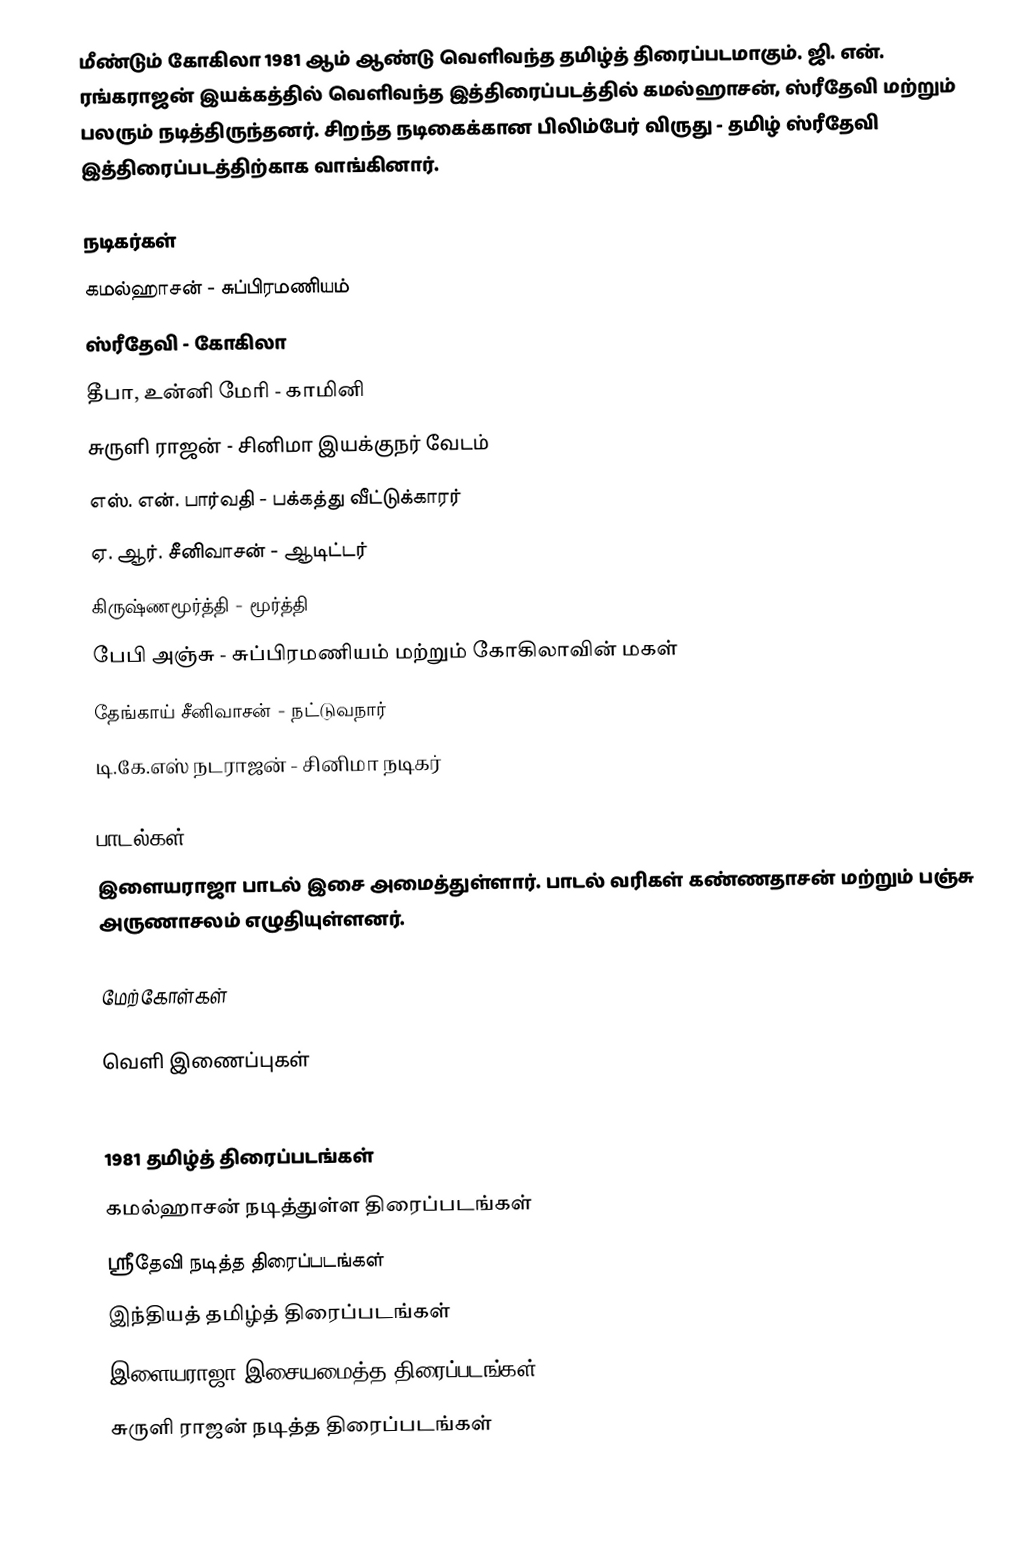
மீண்டும் கோகிலா 1981 ஆம் ஆண்டு வெளிவந்த தமிழ்த் திரைப்படமாகும். ஜி. என். ரங்கராஜன் இயக்கத்தில் வெளிவந்த இத்திரைப்படத்தில் கமல்ஹாசன், ஸ்ரீதேவி மற்றும் பலரும் நடித்திருந்தனர். சிறந்த நடிகைக்கான பிலிம்பேர் விருது - தமிழ் ஸ்ரீதேவி இத்திரைப்படத்திற்காக வாங்கினார்.

நடிகர்கள்
 கமல்ஹாசன் - சுப்பிரமணியம்
 ஸ்ரீதேவி - கோகிலா
 தீபா, உன்னி மேரி - காமினி
சுருளி ராஜன் - சினிமா இயக்குநர் வேடம்
எஸ். என். பார்வதி - பக்கத்து வீட்டுக்காரர்
ஏ. ஆர். சீனிவாசன் - ஆடிட்டர்
 கிருஷ்ணமூர்த்தி - மூர்த்தி
 பேபி அஞ்சு - சுப்பிரமணியம் மற்றும் கோகிலாவின் மகள்
தேங்காய் சீனிவாசன் - நட்டுவநார்
டி.கே.எஸ் நடராஜன் - சினிமா நடிகர்

பாடல்கள்
இளையராஜா பாடல் இசை அமைத்துள்ளார்.  பாடல் வரிகள் கண்ணதாசன் மற்றும் பஞ்சு அருணாசலம் எழுதியுள்ளனர்.

மேற்கோள்கள்

வெளி இணைப்புகள்

1981 தமிழ்த் திரைப்படங்கள்
கமல்ஹாசன் நடித்துள்ள திரைப்படங்கள்
ஸ்ரீதேவி நடித்த திரைப்படங்கள்
இந்தியத் தமிழ்த் திரைப்படங்கள்
இளையராஜா இசையமைத்த திரைப்படங்கள்
சுருளி ராஜன் நடித்த திரைப்படங்கள்